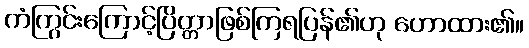
ကံကြွင်းကြောင့်ပြိတ္တာဖြစ်ကြရပြန်၏ဟု ဟောထား၏။